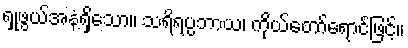
ရှုဖွယ်အနံ့ရှိသော။ သရိရပ္ပဘာယ၊ ကိုယ်တော်ရောင်ဖြင့်။